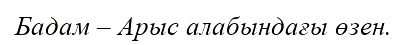
Бадам – Арыс алабындағы өзен.